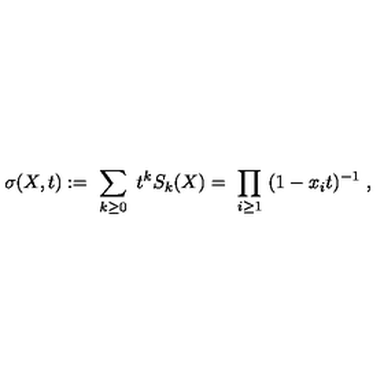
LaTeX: \sigma ( X , t ) : = \ \sum _ { k \geq 0 } \ t ^ { k } S _ { k } ( X ) = \ \prod _ { i \geq 1 } \ ( 1 - x _ { i } t ) ^ { - 1 } \ ,